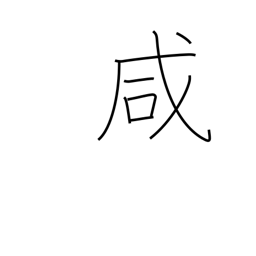
Meaning: same